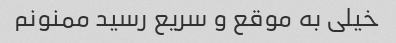
خیلی به موقع و سریع رسید ممنونم